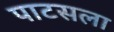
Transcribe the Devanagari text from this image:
पाटसला